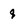
Character: q